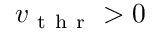
v _ { \mathrm { ~ t ~ h ~ r ~ } } > 0